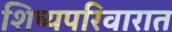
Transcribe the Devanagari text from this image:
शिष्यपरिवारात